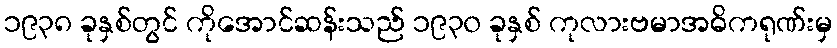
၁၉၃၈ ခုနှစ်တွင် ကိုအောင်ဆန်းသည် ၁၉၃၀ ခုနှစ် ကုလားဗမာအဓိကရုဏ်းမှ